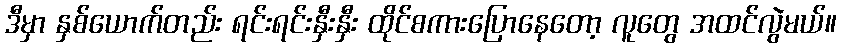
ဒီမှာ နှစ်ယောက်တည်း ရင်းရင်းနှီးနှီး ထိုင်စကားပြောနေတော့ လူတွေ အထင်လွဲမယ်။